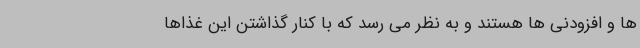
ها و افزودنی ها هستند و به نظر می رسد که با کنار گذاشتن این غذاها